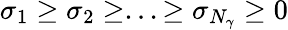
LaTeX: \sigma_{1}\geq\sigma_{2}\geq...\geq\sigma_{{N_{\gamma}}}\geq 0